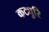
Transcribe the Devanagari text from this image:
कट्युरि